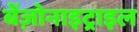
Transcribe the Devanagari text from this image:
बेंज़ोनाइट्राइल